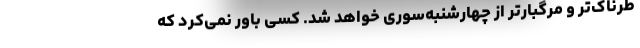
طرناک‌تر و مرگبارتر از چهارشنبه‌سوری خواهد شد. کسی باور نمی‌کرد که